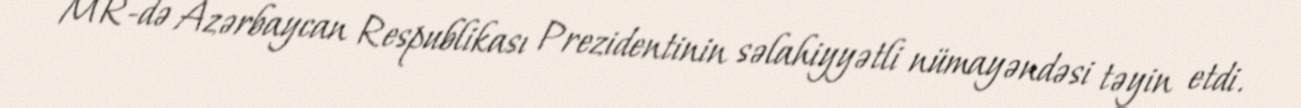
MR-də Azərbaycan Respublikası Prezidentinin səlahiyyətli nümayəndəsi təyin etdi.